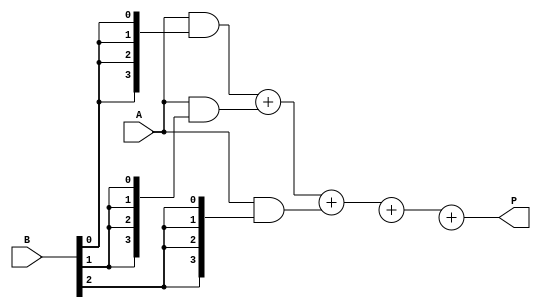
module wallace_tree_multiplier #(parameter N = 4) (
    input [N-1:0] A,         // First multiplicand
    input [N-1:0] B,         // Second multiplicand
    output reg [2*N-1:0] P   // Product output
);

    // Partial Products
    wire [N-1:0] pp [0:N-1]; // Partial products
    genvar i, j;
    generate
        for (i = 0; i < N; i = i + 1) begin : pp_gen
            assign pp[i] = A & {N{B[i]}};
        end
    endgenerate

    // Wallace tree reduction
    wire [N+N-1:0] sum [0:N-2]; // Sums from adders
    wire carry [0:N-2];         // Carries from adders

    // Stage 1: Reduce the partial products using Half Adders and Full Adders
    genvar k;
    for (k = 0; k < N; k = k + 1) begin : stage1
        if (k < N-1) begin
            if (k % 3 == 0) begin
                // Use Full Adder for groups of three
                if (k + 2 < N) begin
                    assign {carry[k/3], sum[k/3]} = pp[k] + pp[k + 1] + pp[k + 2];
                end else if (k + 1 < N) begin
                    assign {carry[k/3], sum[k/3]} = pp[k] + pp[k + 1];
                end else begin
                    assign sum[k/3] = pp[k];
                end
            end
        end
    end

    // Final summation stage
    wire [2*N-1:0] final_sum;
    assign final_sum = sum[0] + {carry[0], sum[1]} + {carry[1], sum[2]};

    always @(*) begin
        P = final_sum; // Assign final product
    end
endmodule